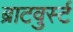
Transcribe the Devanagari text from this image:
ब्राटवुर्स्ट